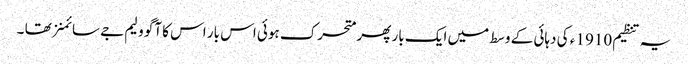
یہ تنظیم 1910 ء کی دہائی کے وسط میں ایک بار پھر متحرک ہوئی اس بار اس کا آگو ولیم جے سائمنز تھا ۔